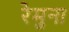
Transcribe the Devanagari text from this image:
रेमुना